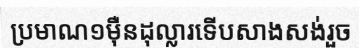
ប្រមាណ១ម៉ឺនដុល្លារទើបសាងសង់រួច